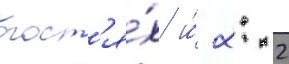
гост'я́х и́ 2: 2